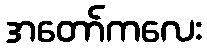
အတော်ကလေး